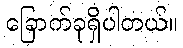
ခြောက်ခုရှိပါတယ်။